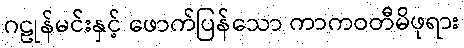
ဂဠုန်မင်းနှင့် ဖောက်ပြန်သော ကာကဝတီမိဖုရား